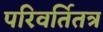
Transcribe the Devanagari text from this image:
परिवर्तितत्र